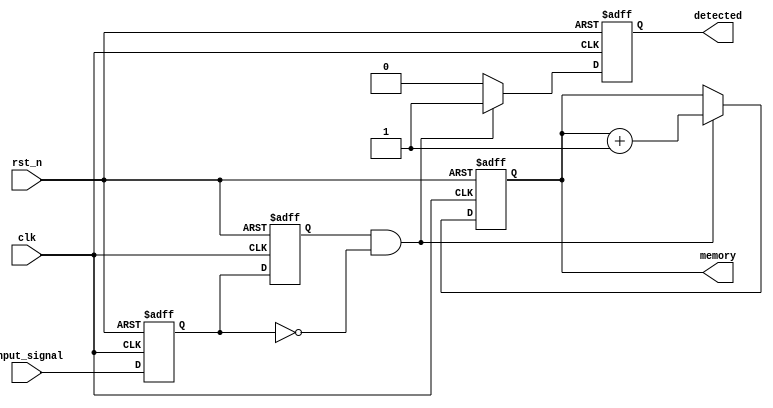
module dual_ff_detector (
    input wire clk,            // Clock signal
    input wire rst_n,         // Active low reset signal
    input wire input_signal,   // Input signal to monitor
    output reg detected,       // Output signal indicating pattern detection
    output reg [7:0] memory    // Memory block to store detected state
);

    // Internal signals for flip-flop outputs
    reg ff1, ff2;

    // Flip-flop synchronization
    always @(posedge clk or negedge rst_n) begin
        if (!rst_n) begin
            ff1 <= 1'b0;
            ff2 <= 1'b0;
        end else begin
            ff1 <= input_signal;  // Sample input signal
            ff2 <= ff1;           // Synchronize the output
        end
    end

    // Pattern detection logic
    always @(posedge clk or negedge rst_n) begin
        if (!rst_n) begin
            detected <= 1'b0;
            memory <= 8'b0;      // Initialize memory to zero
        end else begin
            // Example pattern detection: detect rising edge
            if (ff2 && !ff1) begin
                detected <= 1'b1;  // Rising edge detected
                memory <= memory + 1; // Store state in memory (increment)
            end else begin
                detected <= 1'b0;  // No pattern detected
            end
        end
    end

endmodule